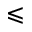
\leqslant